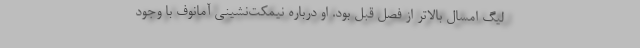
لیگ امسال بالاتر از فصل قبل بود. او درباره نیمکت‌نشینی آمانوف با وجود